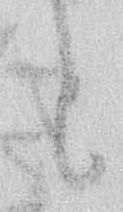
と